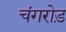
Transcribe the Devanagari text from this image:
चंगरोड़